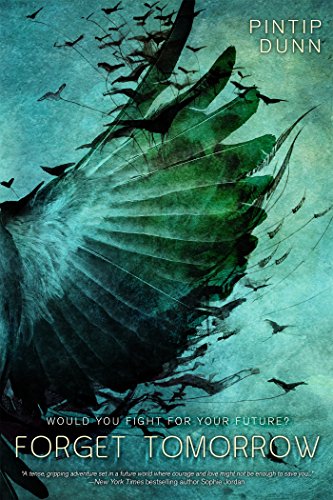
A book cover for Forget Tomorrow; Pintip Dunn; Teen & Young Adult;